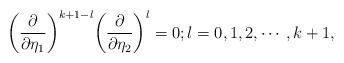
LaTeX: \begin{align*}\bigg(\frac{\partial}{\partial\eta_1}\bigg)^{k+1-l} \bigg(\frac{\partial}{\partial\eta_2}\bigg)^{l} = 0; l = 0, 1, 2, \cdots, k+1,\end{align*}